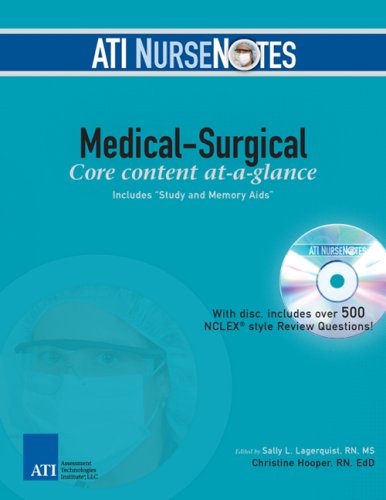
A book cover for ATI NurseNotes Medical-Surgical; Christine Hooper; Medical Books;